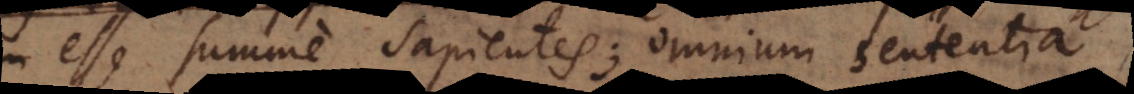
esse summe sapientes; omnium sententia